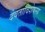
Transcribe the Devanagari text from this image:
देवताविशेषस्य